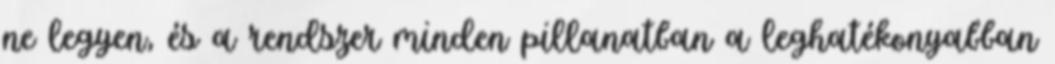
ne legyen, és a rendszer minden pillanatban a leghatékonyabban